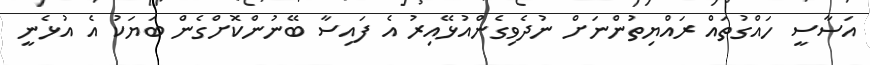
އަސާސީ ހައްގުތައް ރައްޔިތުންނަށް ނުދެވިގެންއުޅޭއިރު އެ ފައިސާ ބޭނުންކޮށްގެން ބަޔަކު އެ އުޅެނީ